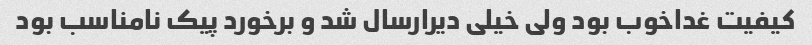
کیفیت غداخوب بود ولی خیلی دیرارسال شد و برخورد پیک نامناسب بود